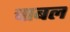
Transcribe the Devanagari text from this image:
चाबल